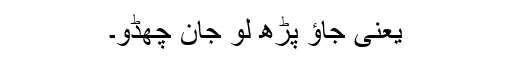
یعنی جاؤ پڑھ لو جان چھڈو۔